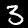
Label: 3